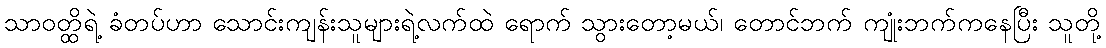
သာဝတ္ထိရဲ့ ခံတပ်ဟာ သောင်းကျန်းသူများရဲ့လက်ထဲ ရောက် သွားတော့မယ်၊ တောင်ဘက် ကျုံးဘက်ကနေပြီး သူတို့